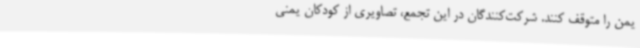
یمن را متوقف کنند. شرکت‌کنندگان در این تجمع، تصاویری از کودکان یمنی